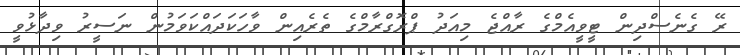
ރޭ ގެނެސްދިން ޓީވީއެމްގެ ރާއްޖެ މިއަދު ޕްރޮގްރާމްގެ ތެރެއިން ވާހަކަދައްކަވަމުން ނަސީރު ވިދާޅުވީ